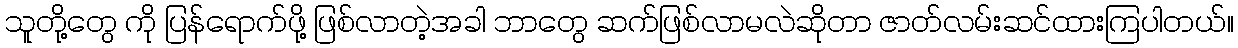
သူတို့တွေ ကို ပြန်ရောက်ဖို့ ဖြစ်လာတဲ့အခါ ဘာတွေ ဆက်ဖြစ်လာမလဲဆိုတာ ဇာတ်လမ်းဆင်ထားကြပါတယ်။